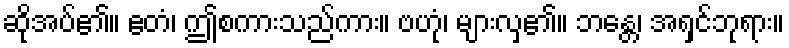
ဆိုအပ်၏။ ဧတံ၊ ဤစကားသည်ကား။ ဗဟုံ၊ များလှ၏။ ဘန္တေ၊ အရှင်ဘုရား။